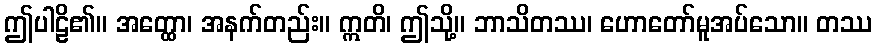
ဤပါဠိ၏။ အတ္ထော၊ အနက်တည်း။ ဣတိ၊ ဤသို့။ ဘာသိတဿ၊ ဟောတော်မူအပ်သော။ တဿ